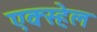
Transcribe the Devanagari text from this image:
एक्स्हेल